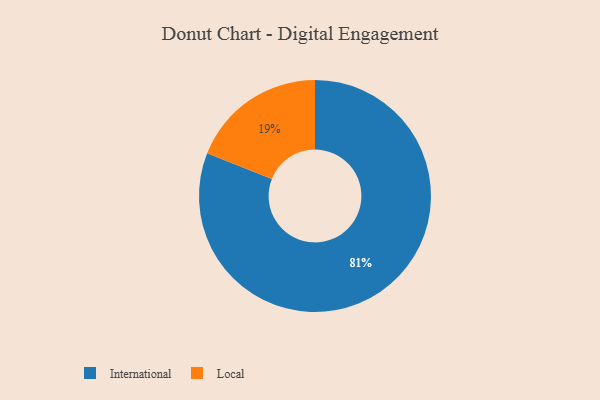
{"axis": {"x": "Category", "y": "Percentage"}, "legend": ["International", "Local"], "data": [{"x": "Local", "y": 19, "type": "Local"}, {"x": "International", "y": 81, "type": "International"}]}